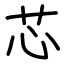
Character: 芯